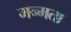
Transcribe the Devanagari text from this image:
मन्मता